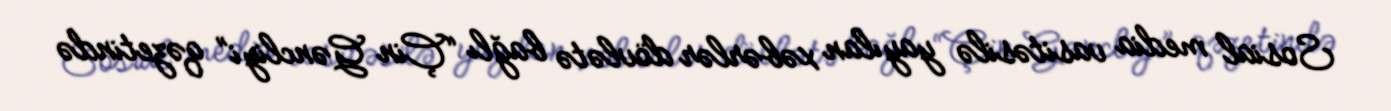
Sosial media vasitəsilə yayılan xəbərlər dövlətə bağlı “Çin Gəncliyi” qəzetində